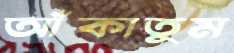
আঁকাতুম